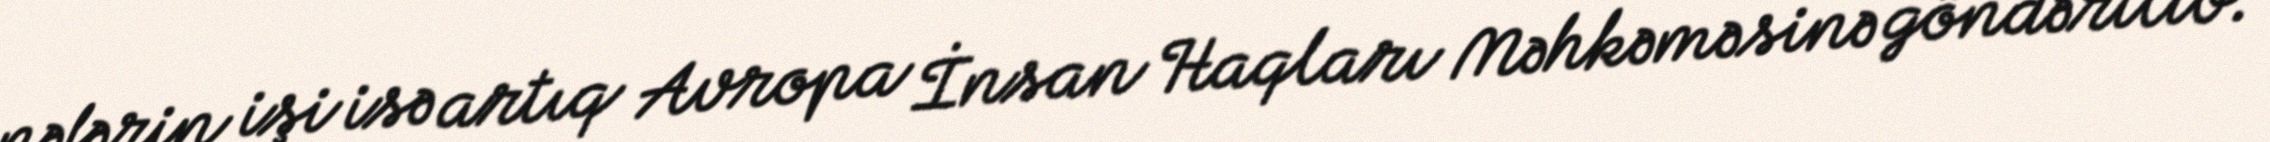
nəfərin işi isə artıq Avropa İnsan Haqları Məhkəməsinə göndərilib.